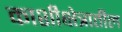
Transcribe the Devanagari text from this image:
काशीक्षेत्रातील